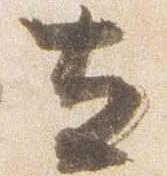
立